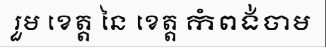
រួម ខេត្ត នៃ ខេត្ត កំពង់ចាម